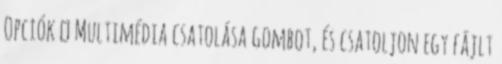
Opciók → Multimédia csatolása gombot, és csatoljon egy fájlt